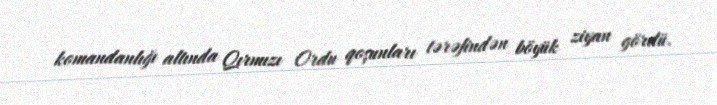
komandanlığı altında Qırmızı Ordu qoşunları tərəfindən böyük ziyan gördü.